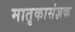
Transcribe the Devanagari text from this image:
मातृकासंज्ञक